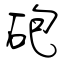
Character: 砲